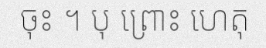
ចុះ ។ បុ ព្រោះ ហេតុ